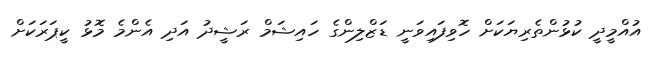
އުއްމީދީ ކުޅުންތެރިޔަކަށް ހޮވިފައިވަނީ ޑަޒްލިންގެ ހައިޝަމް ރަޝީދު އަދި އެންމެ މޮޅު ކީޕަރަކަށް